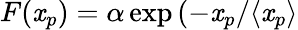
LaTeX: F(\mathit{x}_{p})=\alpha\exp{(-\mathit{x}_{p}/\langle\mathit{x}_{p}\rangle}